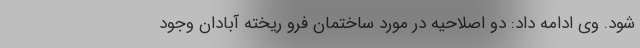
شود. وی ادامه داد: دو اصلاحیه در مورد ساختمان فرو ریخته آبادان وجود